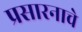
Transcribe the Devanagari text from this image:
प्रसारनाचे